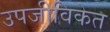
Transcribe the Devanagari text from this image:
उपजीविकेत